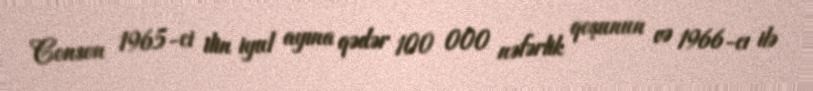
Conson 1965-ci ilin iyul ayına qədər 100 000 nəfərlik qoşunun və 1966-cı ilə